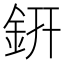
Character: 銒